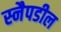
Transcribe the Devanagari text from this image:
स्नैपडील